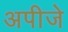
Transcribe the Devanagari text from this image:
अपीजे